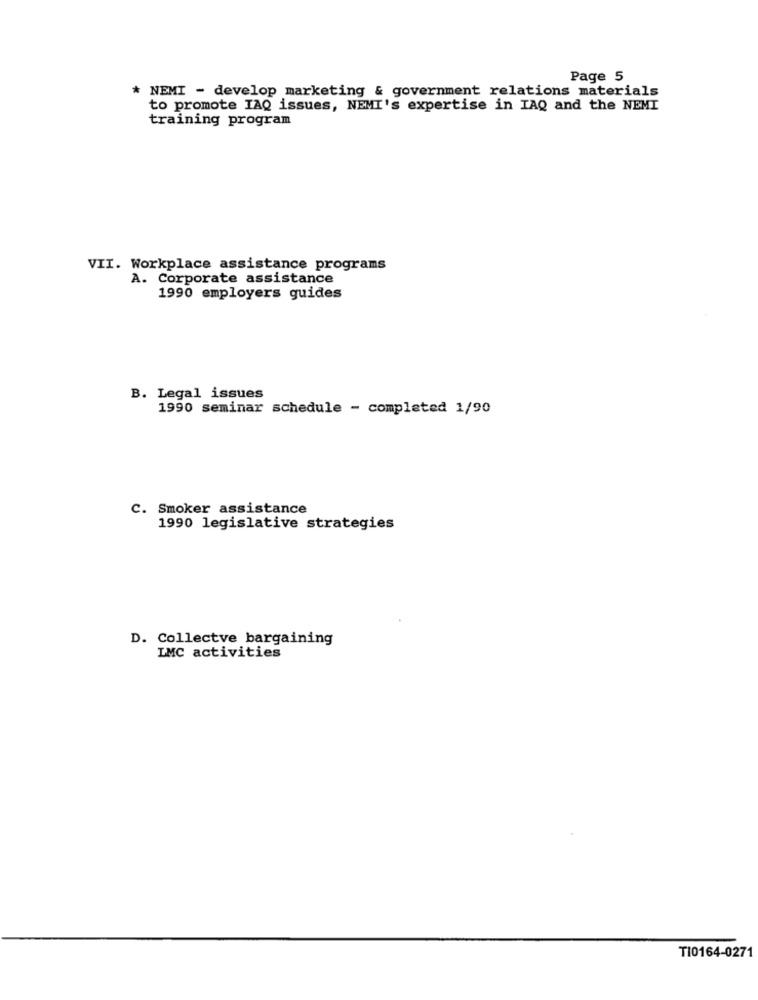
Page 5
* NEMI - develop marketing & government relations materials
to promote IAQ issues, NEMI's expertise in IAQ and the NEMI
training program
VII. Workplace assistance programs
A. Corporate assistance
1990 employers guides
B. Legal issues
1990 seminar schedule - completed 1/90
C. Smoker assistance
1990 legislative strategies
D. Collectve bargaining
LMC activities
TI0164-0271